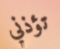
تؤذني